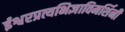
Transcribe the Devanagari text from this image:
ईश्वरप्रत्यभिज्ञाविमर्शिनी